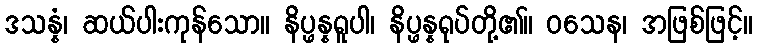
ဒသန္နံ၊ ဆယ်ပါးကုန်သော။ နိပ္ဖန္နရူပါ၊ နိပ္ဖန္နရုပ်တို့၏။ ဝသေန၊ အဖြစ်ဖြင့်။